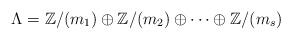
LaTeX: \begin{align*}\Lambda=\Bbb Z/(m_1)\oplus\Bbb Z/(m_2)\oplus\cdots\oplus\Bbb Z/(m_s)\end{align*}